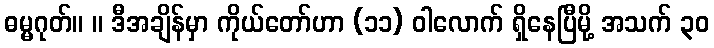
ဓမ္မဂုတ်။ ။ ဒီအချိန်မှာ ကိုယ်တော်ဟာ (၁၁) ဝါလောက် ရှိနေပြီမို့ အသက် ၃၀